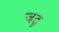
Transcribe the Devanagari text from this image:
जदृ